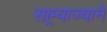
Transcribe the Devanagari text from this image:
साम्र्याज्याने